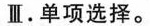
Ⅲ.单项选择。